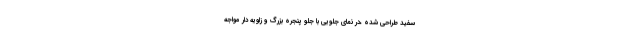
سفید طراحی شده ،در نمای جلویی با جلو پنجره بزرگ و زاویه دار مواجه